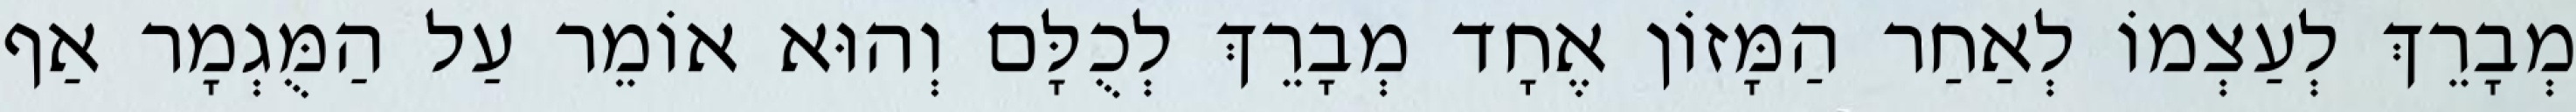
מְבָרֵךְ לְעַצְמוֹ לְאַחַר הַמָּזוֹן אֶחָד מְבָרֵךְ לְכֻלָּם וְהוּא אוֹמֵר עַל הַמֻּגְמָר אַף